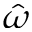
\hat { \omega }